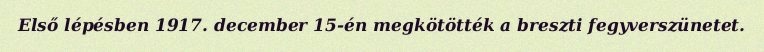
Első lépésben 1917. december 15-én megkötötték a breszti fegyverszünetet.